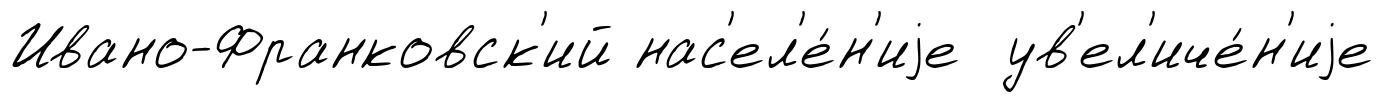
Ивано-Франковск'ий нас'ел'е́н'иjе ув'ел'иче́н'иjе